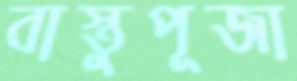
বাস্তুপূজা